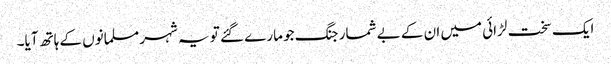
ایک سخت لڑائی میں ان کے بے شمار جنگ جو مارے گئے تو یہ شہر مسلمانوں کے ہاتھ آیا۔